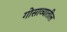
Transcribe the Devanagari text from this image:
गोसाव्यातील